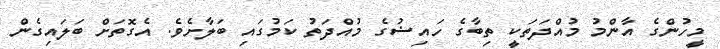
މީހުންގެ އާންމު މުއްދަތަކީ ތިބާގެ ހައިޟުގެ މުއްދަތު ކަމުގައި ބަލާށެވެ. އެގޮތަށް ބަލައިގެން